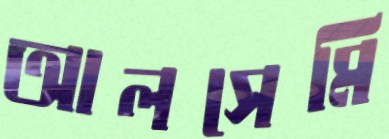
আলসেমি